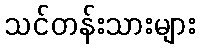
သင်တန်းသားများ